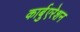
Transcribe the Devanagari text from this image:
कार्बुएरेशन